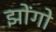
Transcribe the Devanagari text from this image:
झोंगो